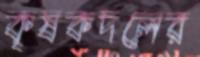
কৃষকদলের